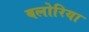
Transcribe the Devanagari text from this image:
बलोरिया